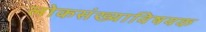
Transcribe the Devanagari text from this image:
लोकसंख्याविषयक